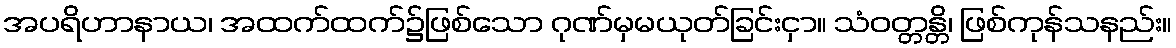
အပရိဟာနာယ၊ အထက်ထက်၌ဖြစ်သော ဂုဏ်မှမယုတ်ခြင်းငှာ။ သံဝတ္တန္တိ၊ ဖြစ်ကုန်သနည်း။